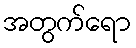
အတွက်ရော